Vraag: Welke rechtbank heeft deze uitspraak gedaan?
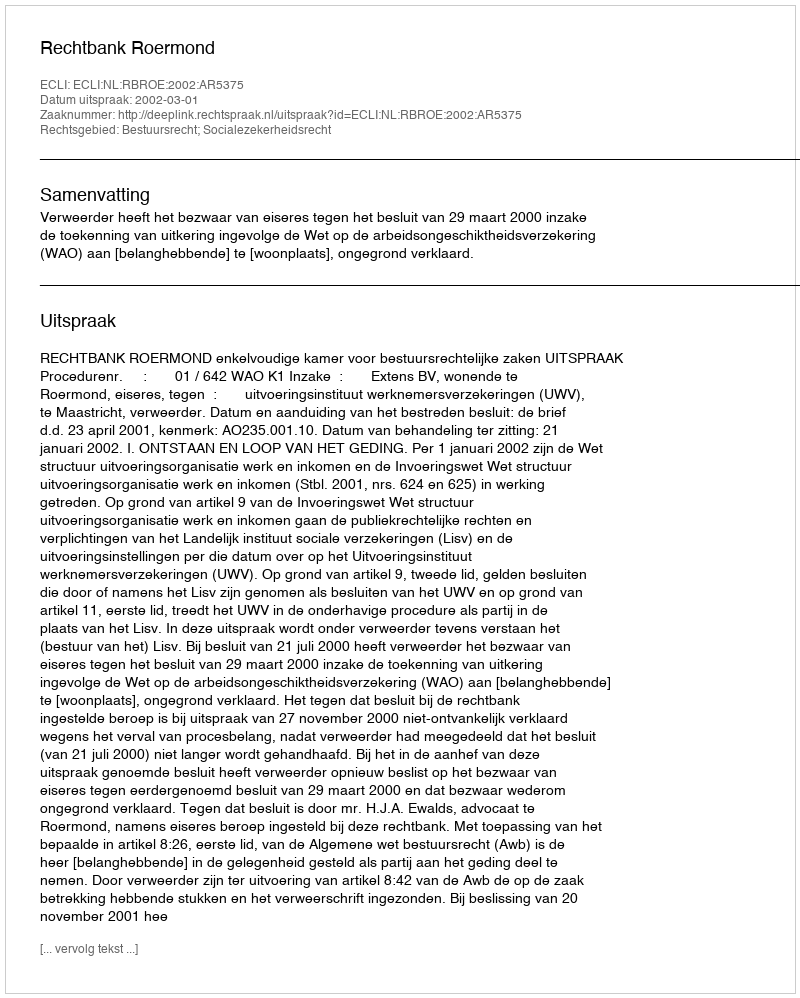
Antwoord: Rechtbank Roermond